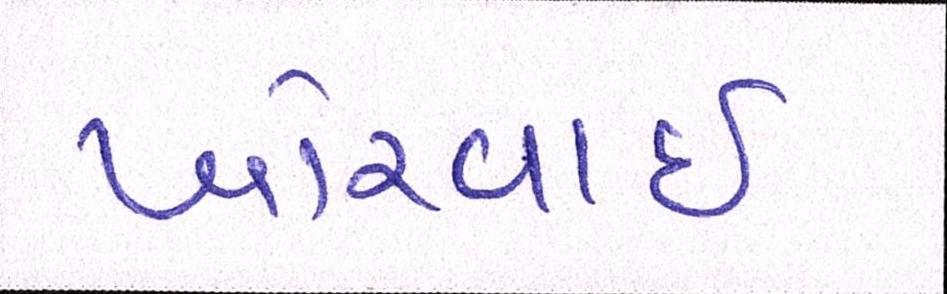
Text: ખોરવાઈ